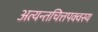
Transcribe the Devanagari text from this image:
अत्यन्तचित्तपक्वस्य